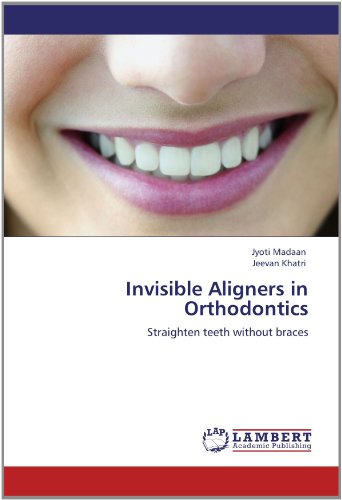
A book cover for Invisible Aligners in Orthodontics: Straighten teeth without braces; Jyoti Madaan; Medical Books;